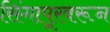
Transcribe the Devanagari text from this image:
सिंगापूरवरून